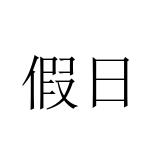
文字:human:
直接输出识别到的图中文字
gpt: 假日